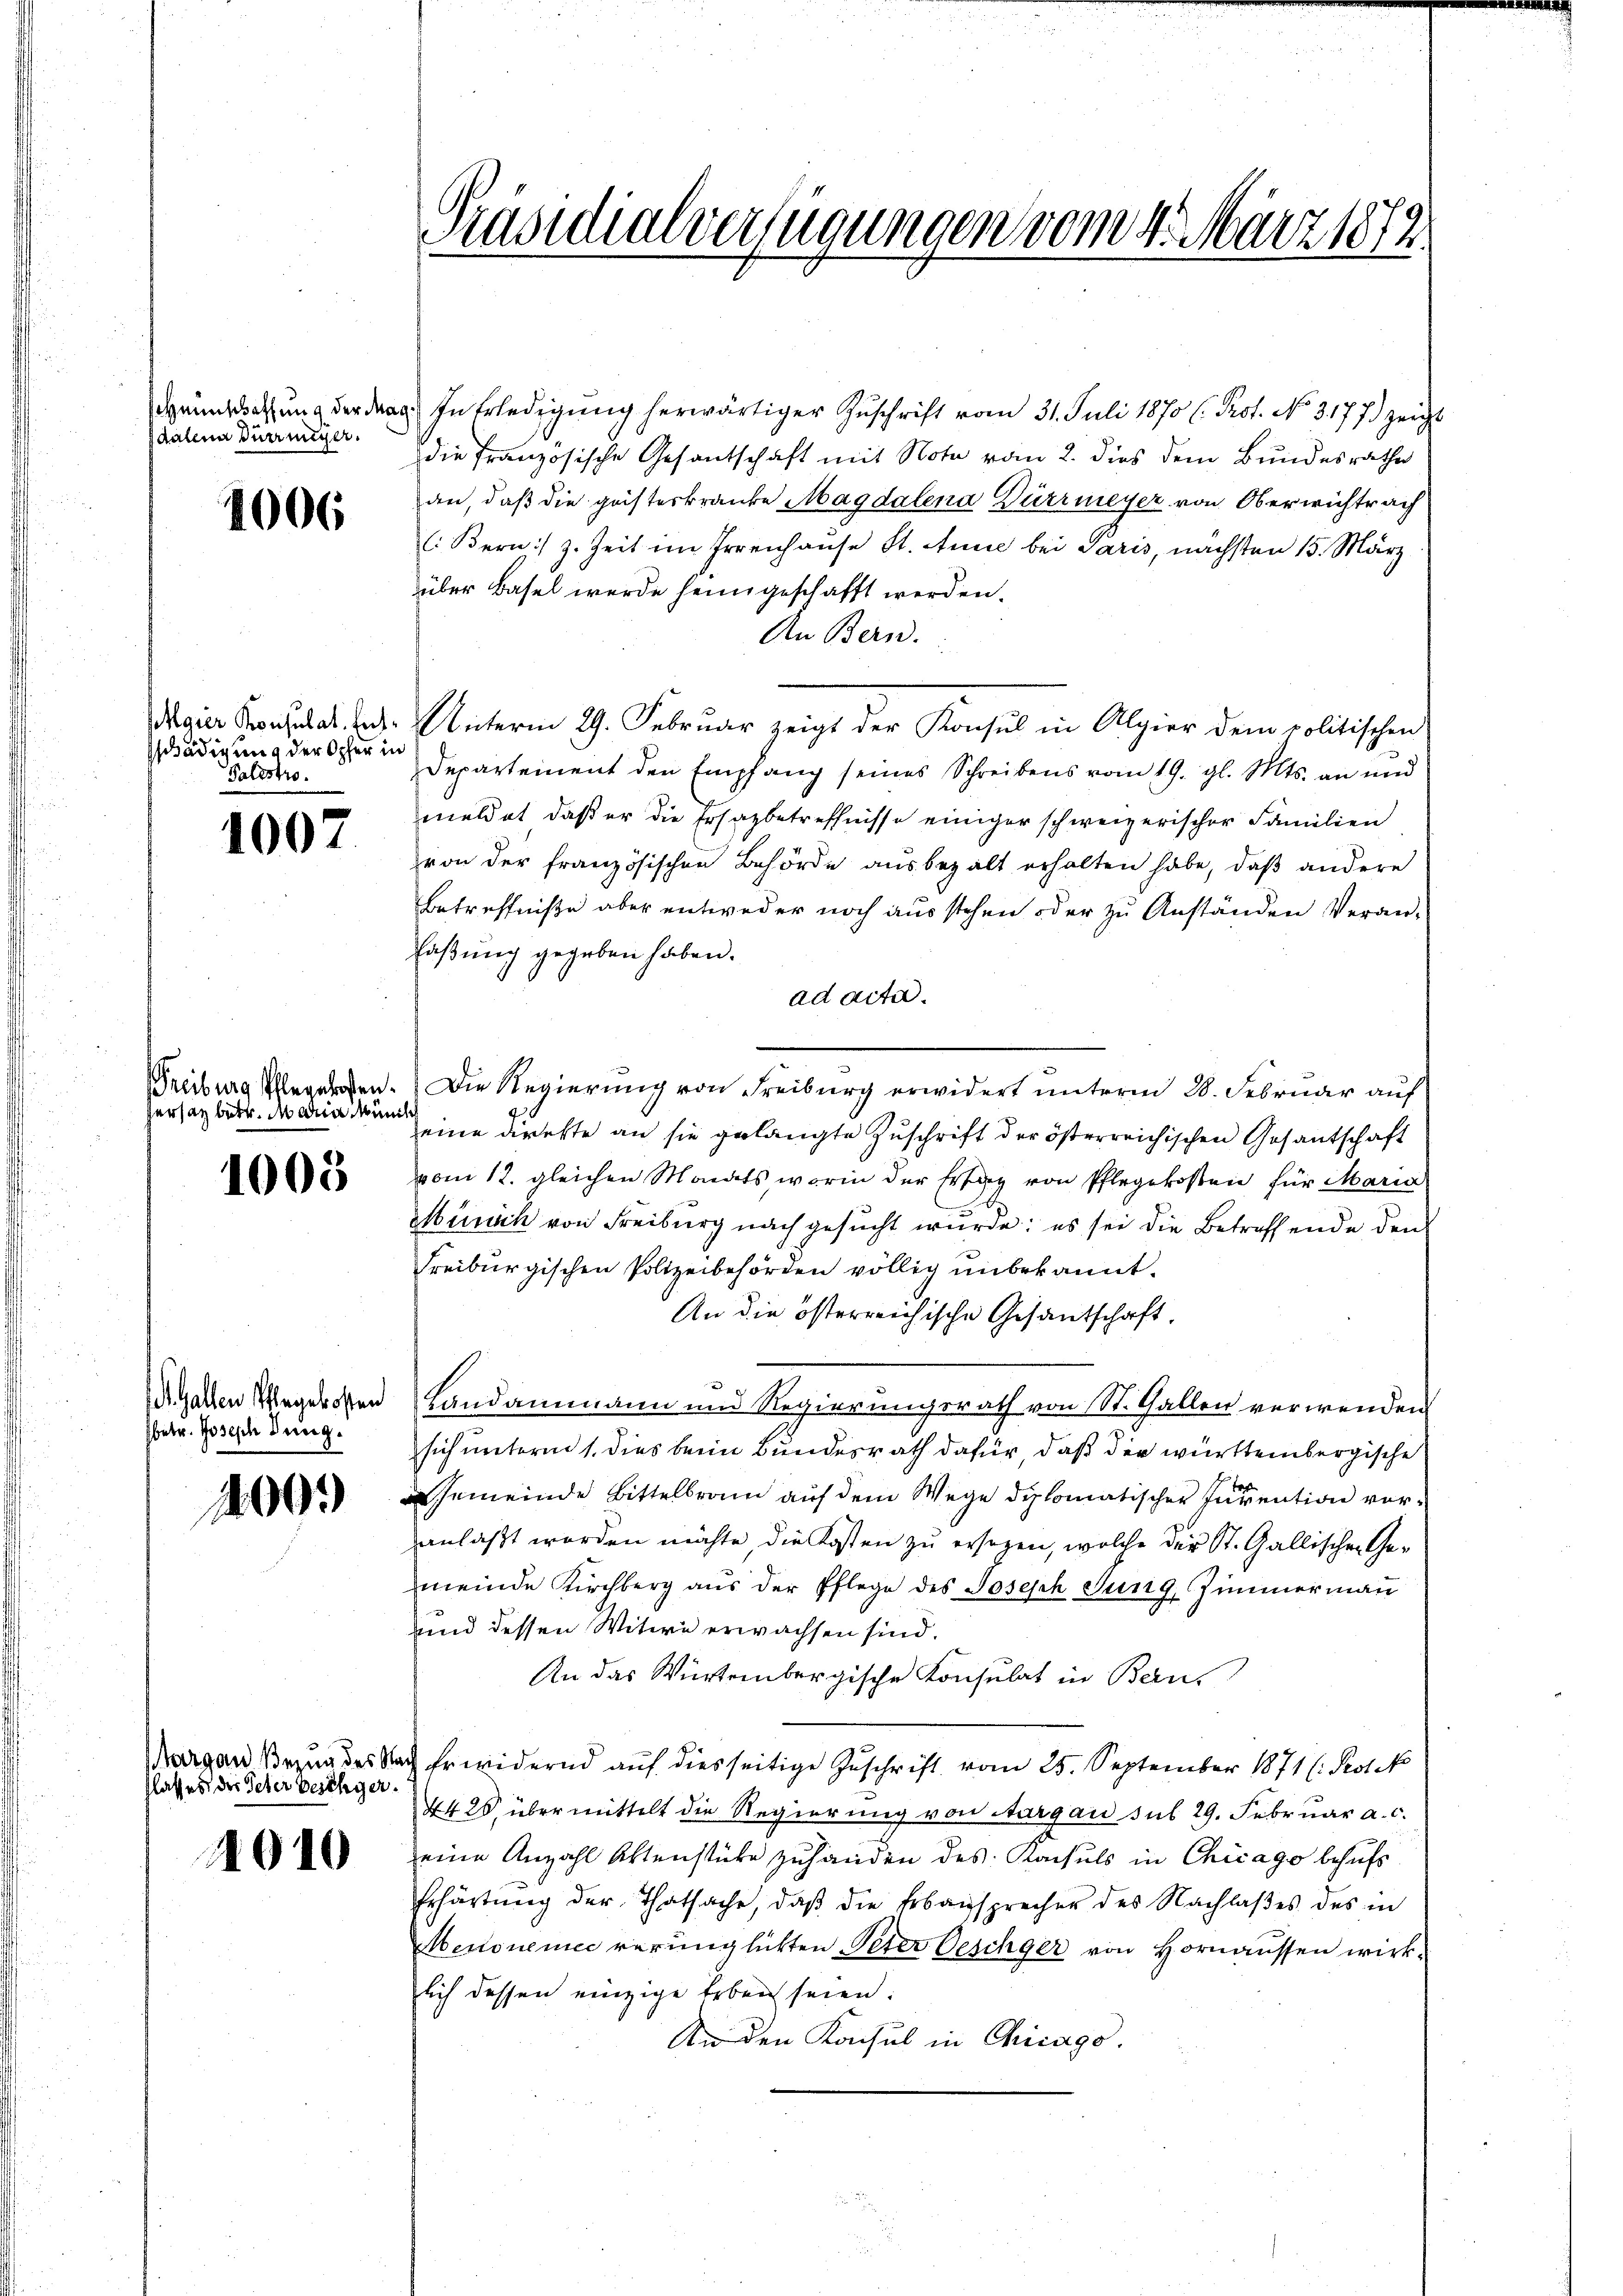
dalena Dürrniger.

1006

schädigung der Opfer in
Palostro.

1007

reiburg Pflegelofen.
hersatz betr. da den kuns

1003

betr. Joseph Jung.

100.

flasses der Peter beschyer.

4010

Grundsatzung der Frau. In Erledigung herwärtiger Zuschrift vom 31. Juli 1870 l. Prot. No. 3177) zeicht
die französische Gesantschaft mit Note vom 2. dies dem Bundesrathe
an, daß die geisteskranke Magdalena Dürrmeyer von Oberwichtrach
l: Bern :/ z. Zeit im Irrenhause St. Anne bei Paris, nächsten 15. März
über Basel werde heimgeschafft werden.
An Bern.
  Unterm 29. Februar zeigt der Konsul in Algier dem politischen
Departement den Empfang seines Schreibens vom 19. gl. Mts. an und
meldet, daß er die Ersazbetreffnisse einiger schweizerischer Familien
von der französischen Behörde ausbezalt erhalten habe, daß andere
Betreffnisse aber entweder noch aus stehen oder zu Anständen Veran-
Faßung gegeben haben.
ad acta.
Die Regierung von Freiburg erwidert unterm 28. Februar auf
eine direkte an sie gelangte Zuschrift der österreichischen Gesantschaft
vom 12. gleichen Monats, worin der Erlag von Pflegekosten für Maria
Munick von Freiburg nach gesucht wurde; es sei die Betreffende den
Freiburgischen Polizeibehörden völlig unbekannt.
An die österreichische Gesandschaft.
R. Gallen Wegersten Landammann und Regierungsrath von St. Gallen verwenden
sich unterm 1. dies beim Bundesrath dafür, daß der württembergische
Gemeinde Bittelbrann auf dem Wege diplomatischer Invention voranlaßt worden möchte, die Kosten zu ersezen, welche der St. Gallischen Gemeinde Kirchberg aus der Pflege des Joseph Jung, Zimmerman
und dessen Witwe erwachsen sind.
An das Würtembergische Konsulat in Bern,
Margau Bezug des Nach Erwidernd auf diesseitige Zuschrift vom 25. September 1871 (Kotek
4420, übermittelt die Regierung von Aargau sub 29. Februar a. c.
eine Anzahl Aktenstücke zuhanden des Konsuls in Chicago behufs
Erhärtung der Thatsache, daβ die Erbansprecher des Nachlaßes des in
Menonemie verünglichten Peter Oeschger von Hornaussen wirklich dessen einzige Erben seien.
An den Konsul in Chicago.

Präsidialverfügungen vom 4. März 1879